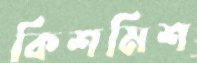
কিশমিশ